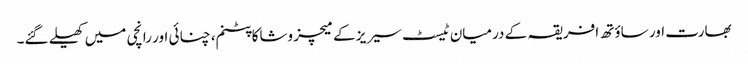
بھارت اور ساؤتھ افریقہ کے درمیان ٹیسٹ سیریز کے میچز وشاکاپٹنم، چنائی اور رانچی میں کھیلے گئے۔